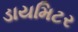
ડાયમિટર